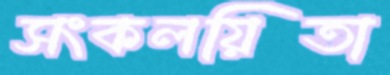
সংকলয়িতা